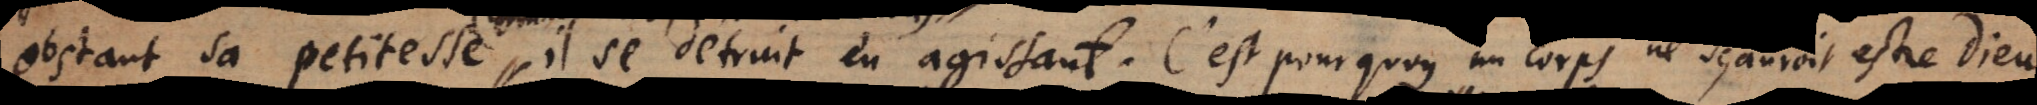
obstant sa petitesse, il se detruit en agissant. C’est pourquoy un corps ne sçauroit estre Dieu.